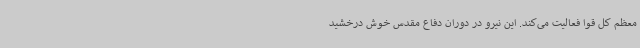
معظم کل قوا فعالیت می‌کند. این نیرو در دوران دفاع مقدس خوش درخشید